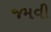
જમવી